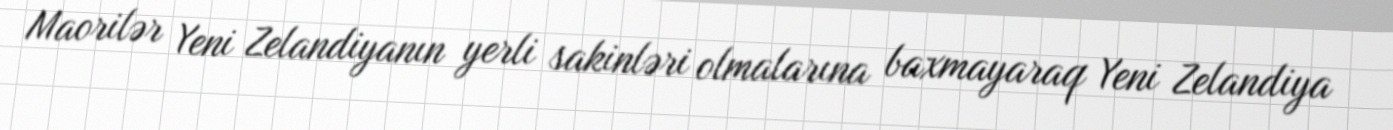
Maorilər Yeni Zelandiyanın yerli sakinləri olmalarına baxmayaraq Yeni Zelandiya